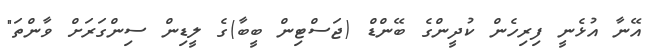
އޭނާ އުޅެނީ ފިރިހެން ކުދީންގެ ބޭންޑް (ޖަސްޓިން ބީބާ)ގެ ލީޑިން ސިންގަރަށް ވާންތަ"